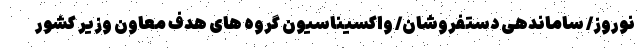
نوروز/ ساماندهی دستفروشان/ واکسیناسیون گروه های هدف معاون وزیر کشور